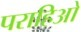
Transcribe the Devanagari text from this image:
पराहिओ